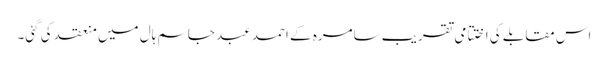
اس مقابلے کی اختتامی تقریب سامرہ کے احمد عبد جاسم ہال میں منعقد کی گئی۔